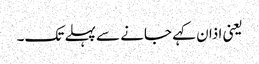
یعنی اذان کہے جانے سے پہلے تک۔